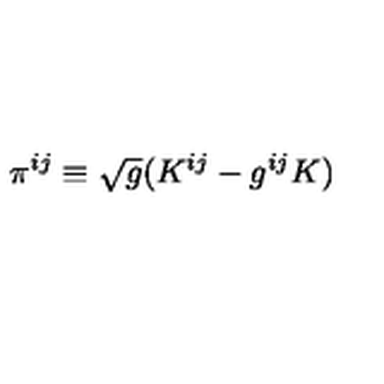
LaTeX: \pi ^ { i j } \equiv \sqrt { g } ( K ^ { i j } - g ^ { i j } K )